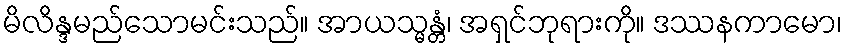
မိလိန္ဒမည်သောမင်းသည်။ အာယသ္မန္တံ၊ အရှင်ဘုရားကို။ ဒဿနကာမော၊